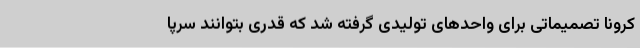
کرونا تصمیماتی برای واحدهای تولیدی گرفته شد که قدری بتوانند سرپا